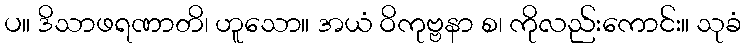
ပ။ ဒိသာဖရဏာတိ၊ ဟူသော။ အယံ ဝိကုဗ္ဗနာ စ၊ ကိုလည်းကောင်း။ သုခံ